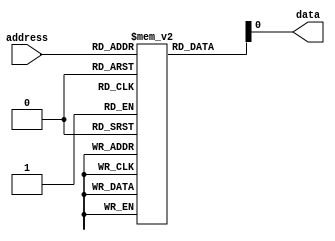
module anti_fuse_rom (
    input wire [9:0] address,
    output reg data
);

reg [7:0] memory [0:1023];

initial begin
    // Initialize memory array with programmed values
    // (High impedance = 1, Low impedance = 0)
    
    // Add initialization code here
    
end

always @(*) begin
    // Address decoding logic to access specific memory locations
    
    data = memory[address];
end

endmodule